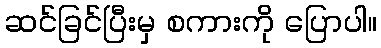
ဆင်ခြင်ပြီးမှ စကားကို ပြောပါ။